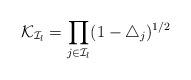
LaTeX: \begin{align*}\mathcal{K}_{\mathcal{I}_l}=\prod_{j\in\mathcal{I}_l}(1-\triangle_j)^{1/2}\end{align*}